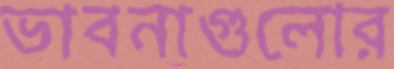
ভাবনাগুলোর